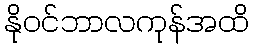
နိုဝင်ဘာလကုန်အထိ